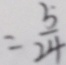
= \frac { 5 } { 2 4 }